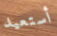
أستعيد